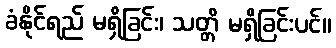
ခံနိုင်ရည် မရှိခြင်း၊ သတ္တိ မရှိခြင်းပင်။